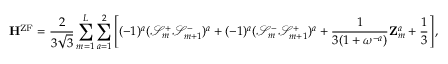
\mathbf { H } ^ { \mathrm { Z F } } = \frac { 2 } { 3 \sqrt { 3 } } \sum _ { m = 1 } ^ { L } \sum _ { a = 1 } ^ { 2 } \left[ ( - 1 ) ^ { a } ( \mathcal { S } _ { m } ^ { + } \mathcal { S } _ { m + 1 } ^ { - } ) ^ { a } + ( - 1 ) ^ { a } ( \mathcal { S } _ { m } ^ { - } \mathcal { S } _ { m + 1 } ^ { + } ) ^ { a } + \frac { 1 } { 3 ( 1 + \omega ^ { - a } ) } \mathbf { Z } _ { m } ^ { a } + \frac { 1 } { 3 } \right] ,